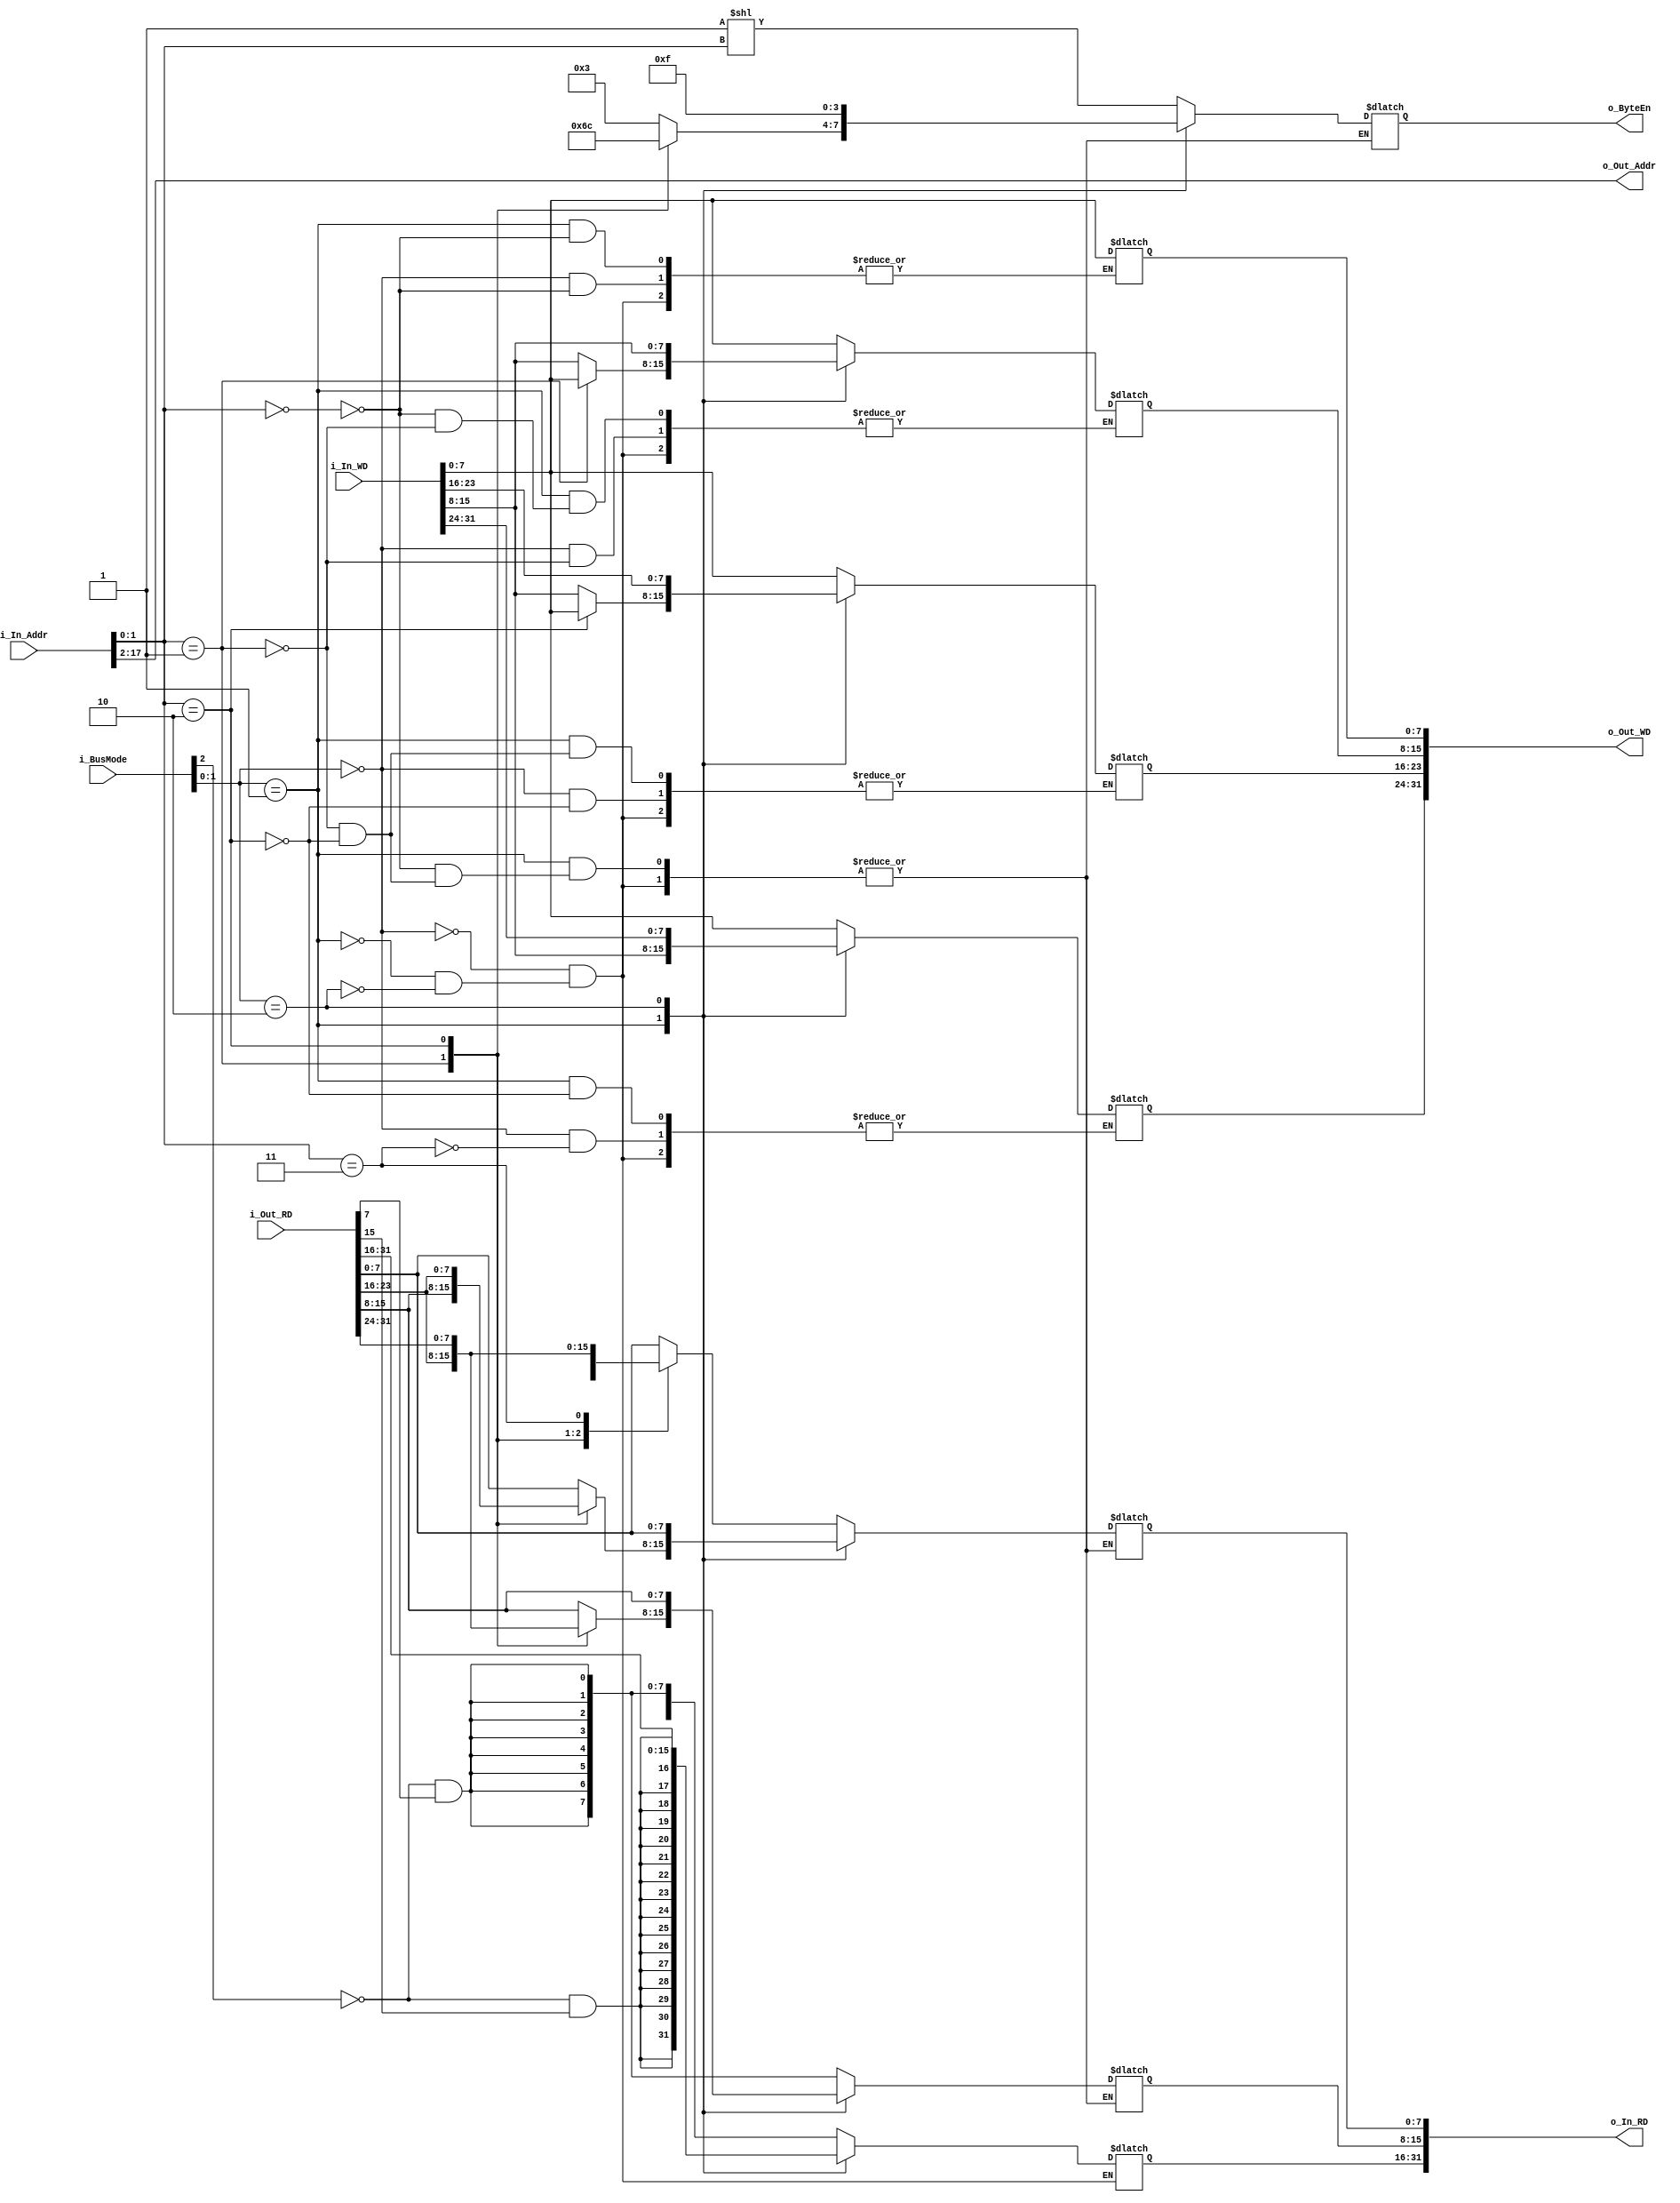
`timescale 1ns / 1ps

module BusController #(
    parameter BUS_WORD_ADDR_WIDTH = 16
    )(
    input [2:0] i_BusMode,

    //Bus Out
    output [BUS_WORD_ADDR_WIDTH - 1:0] o_Out_Addr,
    input [31:0] i_Out_RD,
    output reg [3:0] o_ByteEn,
    output reg [31:0] o_Out_WD,

    //Bus In
    input [31:0] i_In_Addr,
    output reg [31:0] o_In_RD,
    input [31:0] i_In_WD
    );
        
    initial begin
        o_ByteEn <= 4'b0;
        o_Out_WD <= 32'b0;
        o_In_RD <= 32'b0;
    end

    wire w_Signed = !i_BusMode[2];

    //Translate the byte address to a word address
    assign o_Out_Addr = {i_In_Addr[(BUS_WORD_ADDR_WIDTH-1) + 2:2]};

    parameter p_BUS_BYTE_ACCESS         = 2'b00;
    parameter p_BUS_HALF_WORD_ACCESS    = 2'b01;
    parameter p_BUS_WORD_ACCESS         = 2'b10;

    always @(*) begin
        case (i_BusMode[1:0])
            p_BUS_BYTE_ACCESS:begin
                //Take care of sign extension for the signed/unsigned byte loads
                o_In_RD[31:8] <= {{24{w_Signed & i_Out_RD[7]}}};
                o_ByteEn <= 1'b1 << i_In_Addr[1:0];

                case (i_In_Addr[1:0])
                    0:begin
                        o_In_RD[7:0] <= i_Out_RD[7:0];
                        o_Out_WD[7:0] <= i_In_WD[7:0];
                    end
                    1:begin
                        o_In_RD[7:0] <= i_Out_RD[15:8];
                        o_Out_WD[15:8] <= i_In_WD[7:0];
                    end
                    2:begin
                        o_In_RD[7:0] <= i_Out_RD[23:16];
                        o_Out_WD[23:16] <= i_In_WD[7:0];
                    end
                    3:begin
                        o_In_RD[7:0] <= i_Out_RD[31:24];
                        o_Out_WD[31:24] <= i_In_WD[7:0];
                    end 
                endcase
            end
            p_BUS_HALF_WORD_ACCESS:begin
                //Take care of sign extension for the signed/unsigned half word loads
                o_In_RD[31:16] <= {{16{w_Signed & i_Out_RD[15]}}};

                case (i_In_Addr[1:0])
                    0:begin
                        o_In_RD[15:0] <= i_Out_RD[15:0];
                        o_Out_WD[15:0] <= i_In_WD[15:0];
                        o_ByteEn <= 4'b0011;
                    end
                    1:begin
                        o_In_RD[15:0] <= i_Out_RD[23:8];
                        o_Out_WD[23:8] <= i_In_WD[15:0];
                        o_ByteEn <= 4'b0110;
                    end
                    2:begin
                        o_In_RD[15:0] <= i_Out_RD[31:16];
                        o_Out_WD[31:16] <= i_In_WD[15:0];
                        o_ByteEn <= 4'b1100;
                    end
                endcase
            end
            p_BUS_WORD_ACCESS:begin
                o_In_RD <= i_Out_RD;
                o_Out_WD <= i_In_WD;
                o_ByteEn <= 4'b1111;
            end
        endcase
    end

endmodule